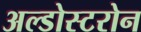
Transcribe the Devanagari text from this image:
अल्डोस्टरोन